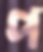
প